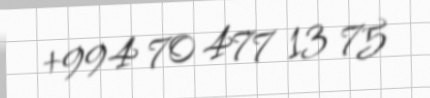
+994 70 477 13 75